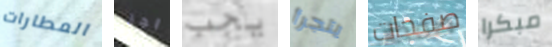
المطارات اجر يجب يتجرأ صفحات مبكرا